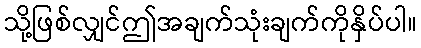
သို့ဖြစ်လျှင်ဤအချက်သုံးချက်ကိုနှိပ်ပါ။